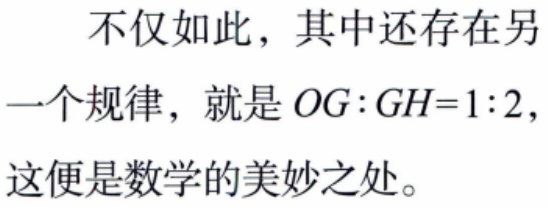
不仅如此，其中还存在另一个规律，就是 \(OG:GH = 1:2\)，这便是数学的美妙之处。